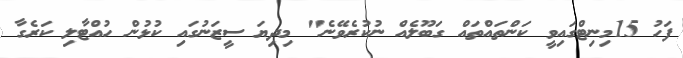
ފަހު 15މިނިޓްގައިވީ ކަންތައްތައް ގަބޫލެއް ނުކުރެވޭނެ" މިދިޔަ ސީޒަނުގައި ކުޅުން ހުއްޓާލި ކަރެގާ